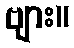
ဗျား။